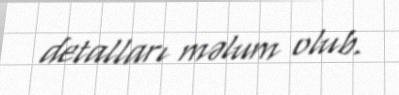
detalları məlum olub.